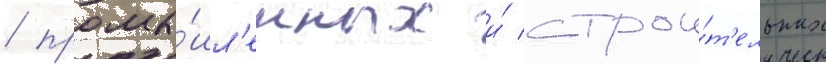
/ промы́шл'енных и́ строи́т'ельных